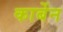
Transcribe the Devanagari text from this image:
कार्बेन